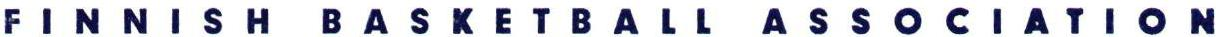
FINNISH BASKETBALL ASSOCIATION